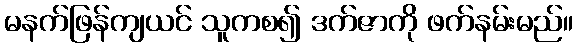
မနက်ဖြန်ကျယင် သူကစ၍ ဒက်ဇာကို ဖက်နမ်းမည်။